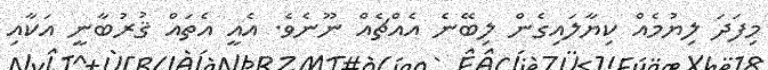
މިފަދަ ލިޔުމެއް ކިޔާލައިގެން ލިބޭނެ އެއްޗެއް ނޫނެވެ. އެއީ އެތައް ޤުރުބާނީ އަކާއި